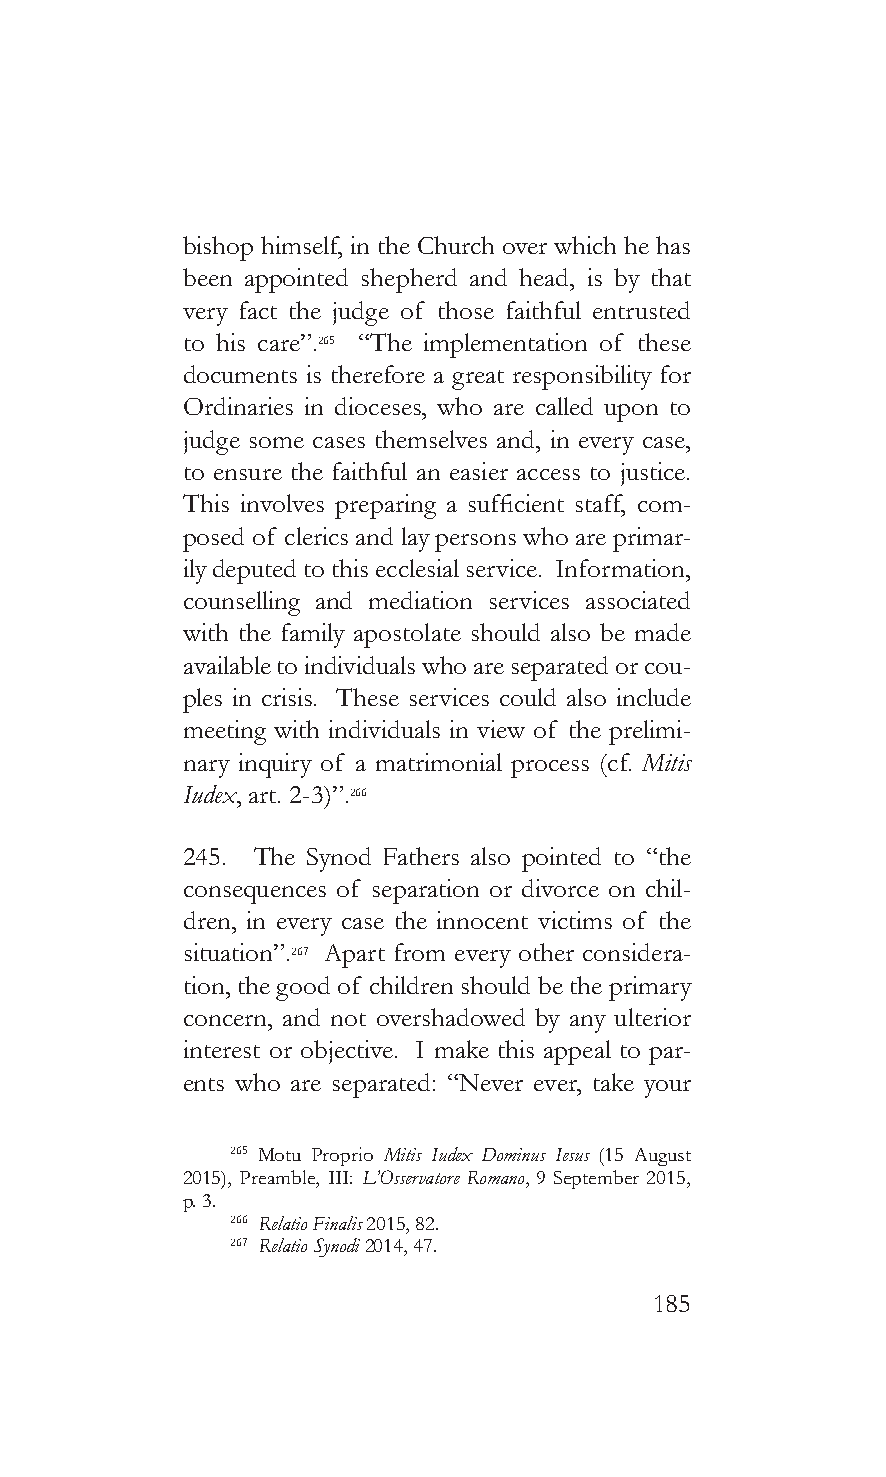
bishop himself, in the Church over which he has
 been appointed shepherd and head, is by that
 very fact the judge of those faithful entrusted
 to his care”.265 “The implementation of these
 documents is therefore a great responsibility for
 Ordinaries in dioceses, who are called upon to
 judge some cases themselves and, in every case,
 to ensure the faithful an easier access to justice.
 This involves preparing a sufficient staff, com-
 posed of clerics and lay persons who are primar-
 ily deputed to this ecclesial service. Information,
 counselling and mediation services associated
 with the family apostolate should also be made
 available to individuals who are separated or cou-
 ples in crisis. These services could also include
 meeting with individuals in view of the prelimi-
 nary inquiry of a matrimonial process (cf. Mitis
 Iudex, art. 2-3)”.266
 245. The Synod Fathers also pointed to “the
 consequences of separation or divorce on chil-
 dren, in every case the innocent victims of the
 situation”.267 Apart from every other considera-
 tion, the good of children should be the primary
 concern, and not overshadowed by any ulterior
 interest or objective. I make this appeal to par-
 ents who are separated: “Never ever, take your
 265 Motu Proprio Mitis Iudex Dominus Iesus (15 August
 2015), Preamble, III: L’Osservatore Romano, 9 September 2015,
 p. 3.
 266 Relatio Finalis 2015, 82.
 267 Relatio Synodi 2014, 47.
 185